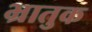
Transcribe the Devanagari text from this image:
भ्रातुक